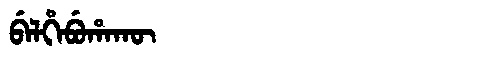
Manchu: ᠪᡝᠯᡥᡝᠪᡠᡥᠠᡴᡡ
Romanization: BELHEBUHAKŪ